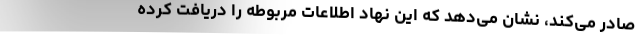
صادر می‌کند، نشان‌ می‌دهد که این نهاد اطلاعات مربوطه را دریافت کرده